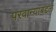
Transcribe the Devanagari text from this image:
परवान्यांबद्दल